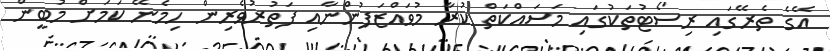
އޭގެ ތެރޭގައި ރިސޯޓުތަކުގައި މަސައްކަތް ކުރާ މުވައްޒަފުންނާއި ފަތުރުވެރިން ހިމެނޭ ކަމަށް މުބީން